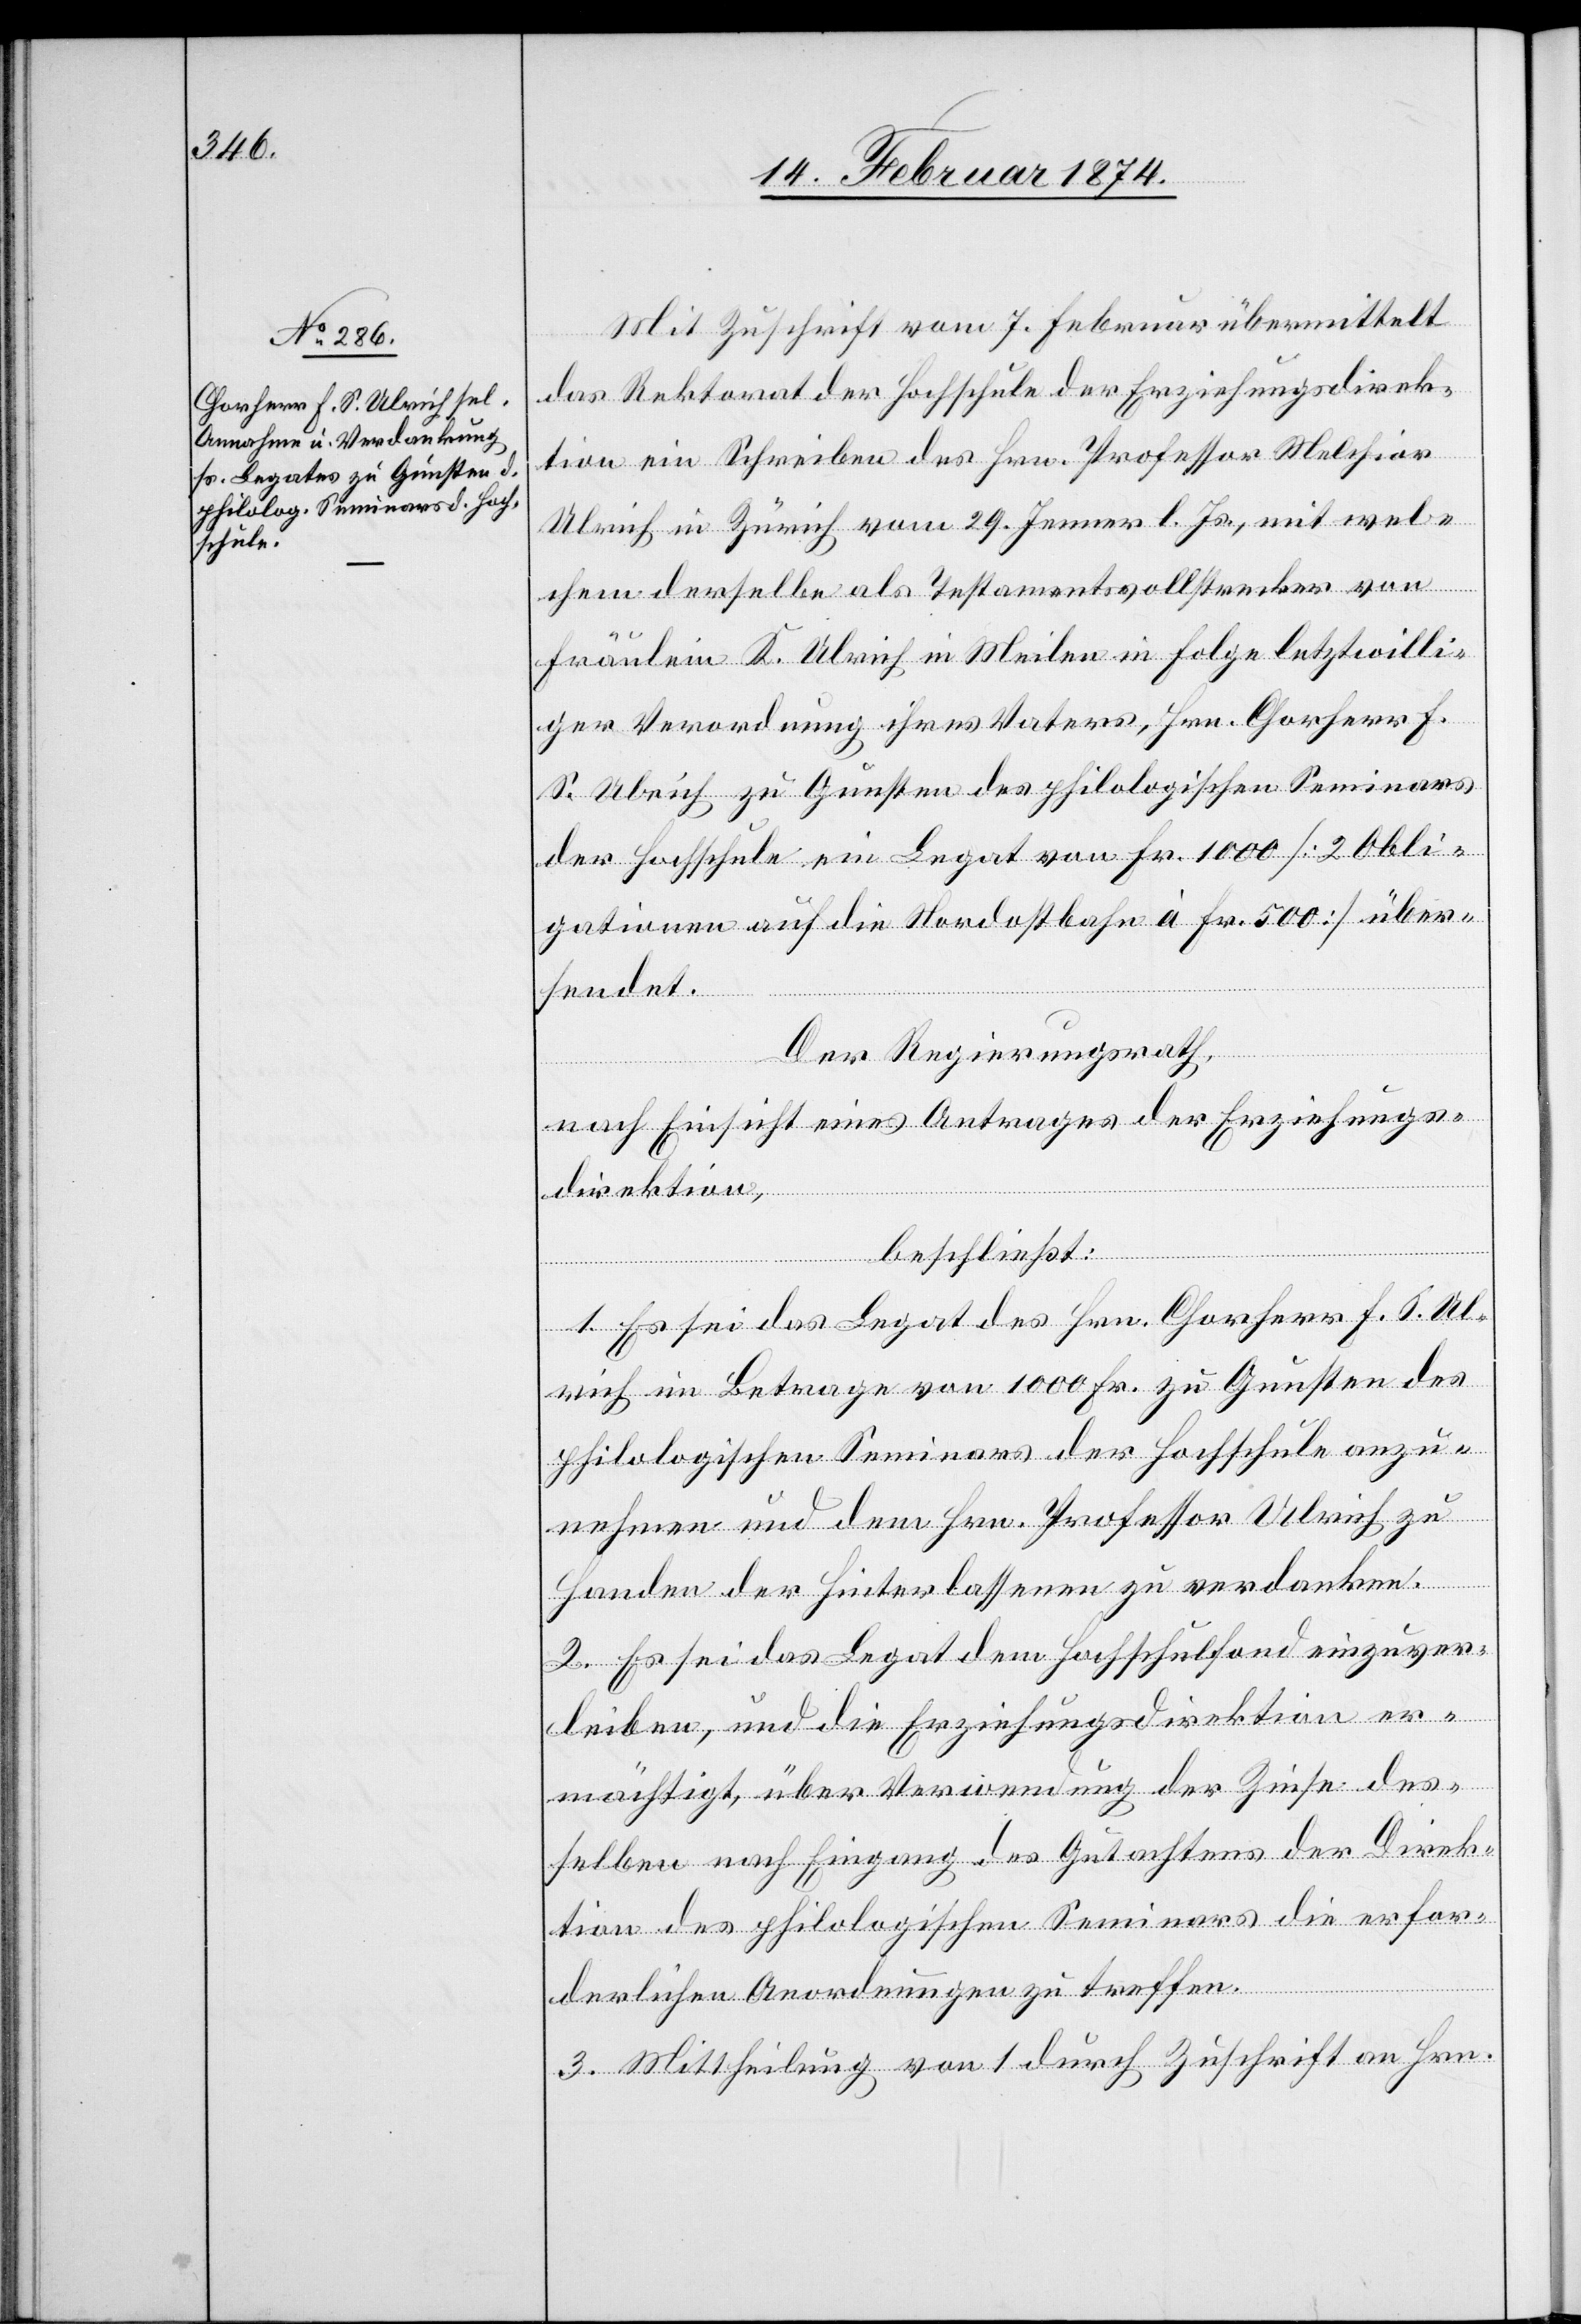
Mit Zuschrift vom 7. Februar übermittelt
das Rektorat der Hochschule der Erziehungsdirek¬
tion ein Schreiben des Hrn. Professor Melchior
Ulrich in Zürich vom 29. Jenner l. Js., mit wel¬
chem derselbe als Testamentsvollstrecker von
Fräulein K. Ulrich in Meilen in Folge letztwilli¬
ger Verordnung ihres Vaters, Hrn. Chorherr F.
S. Ulrich zu Gunsten des philologischen Seminars
der Hochschule ein Legat von Fr. 1000 [20 Obli¬
gationen auf die Nordostbahn à Fr. 500] über¬
sendet.
Der Regierungsrath,
nach Einsicht eines Antrages der Erziehungs¬
direktion,
beschließt:
1. Es sei das Legat des Hrn. Chorherr F. S. Ul¬
rich im Betrage von 1000 Fr. zu Gunsten des
philologischen Seminars der Hochschule anzu¬
nehmen und dem Hrn. Professor Ulrich zu
Handen der Hinterlassenen zu verdanken.
2. Es sei das Legat dem Hochschulfond einzuver¬
leiben, und die Erziehungsdirektion er¬
mächtigt, über Verwendung der Zinse des¬
selben nach Eingang des Gutachtens der Direk¬
tion des philologischen Seminars die erfor¬
derlichen Anordnungen zu treffen.
3. Mittheilung von 1 durch Zuschrift an Hrn.